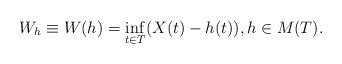
\begin{align*}W_h \equiv W(h)= \inf_{t \in T} (X(t)-h(t)), h \in M(T). \end{align*}